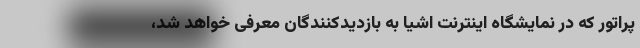
پراتور که در نمایشگاه اینترنت اشیا به بازدیدکنندگان معرفی خواهد شد،